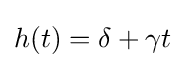
h(t)=\delta +\gamma t